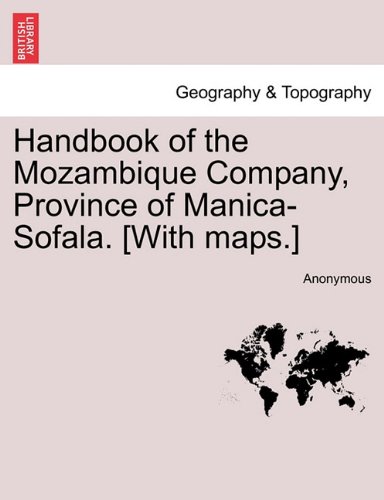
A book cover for Handbook of the Mozambique Company, Province of Manica-Sofala. [With maps.]; Anonymous; Travel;